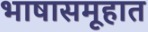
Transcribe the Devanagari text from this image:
भाषासमूहात